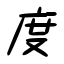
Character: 度